Elephants and their diseases
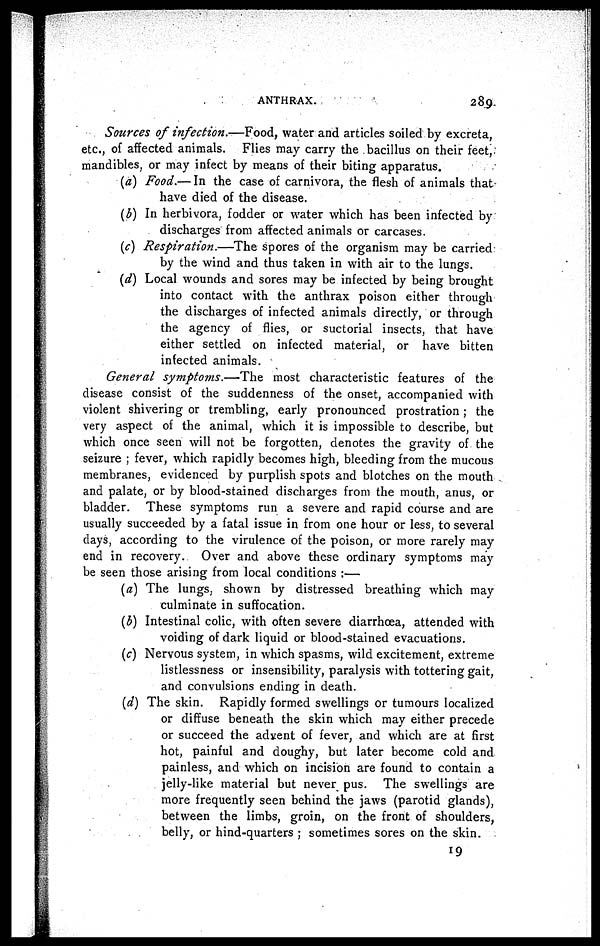
ANTHRAX.
289
Sources of infection.—Food, water and articles soiled by excreta,
etc., of affected animals. Flies may carry the bacillus on their feet,
mandibles, or may infect by means of their biting apparatus.
(a) Food.— In the case of carnivora, the flesh of animals that
have died of the disease.
(3) In herbivora, fodder or water which has been infected by
discharges from affected animals or carcases.
(c) Respiration.—The
spores of the organism may be carried
by the wind and thus taken in with air to the lungs.
(d) Local wounds and sores may be infected by being brought
into contact with the anthrax poison either through
the discharges of infected animals directly, or through
the agency of flies, or suctorial insects, that have
either settled on infected material, or have bitten
infected animals.
General symptoms.—The
most characteristic features of the
disease consist of the suddenness of the onset, accompanied with
violent shivering or trembling, early pronounced prostration ; the
very aspect of the animal, which it is impossible to describe, but
which once seen will not be forgotten, denotes the gravity of the
seizure ; fever, which rapidly becomes high, bleeding from the mucous
membranes, evidenced by purplish spots and blotches on the mouth
and palate, or by blood-stained discharges from the mouth, anus, or
bladder. These symptoms run a severe and rapid course and are
usually succeeded by a fatal issue in from one hour or less, to several
clays, according to the virulence of the poison, or more rarely may
end in recovery. Over and above these ordinary symptoms may
be seen those arising from local conditions :—
(a) The lungs, shown by distressed breathing which may
culminate in suffocation.
(b) Intestinal colic, with often severe diarrhoea, attended with
voiding of dark liquid or blood-stained evacuations.
(c) Nervous system, in which spasms, wild excitement, extreme
listlessness or insensibility, paralysis with tottering gait,
and convulsions ending in death.
(d) The skin. Rapidly formed swellings or tumours localized
or diffuse beneath the skin which may either precede
or succeed the advent of fever, and which are at first
hot, painful and doughy, but later become cold and
painless, and which on incision are found to contain a
jelly-like material but never pus. The swellings are
more frequently seen behind the jaws (parotid glands),
between the limbs, groin, on the front of shoulders,
belly, or hind-quarters ; sometimes sores on the skin.
19